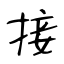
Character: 接